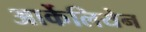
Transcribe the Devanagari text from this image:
आर्केलियेन